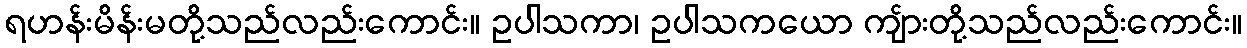
ရဟန်းမိန်းမတို့သည်လည်းကောင်း။ ဥပါသကာ၊ ဥပါသကယော ကျ်ားတို့သည်လည်းကောင်း။